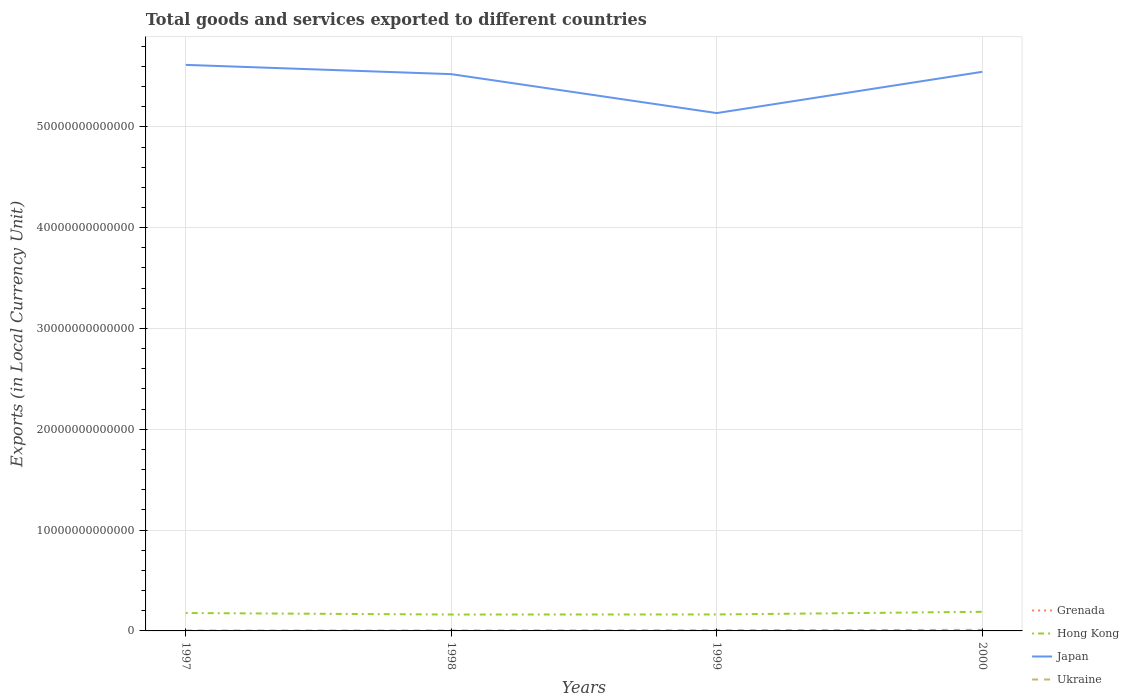
| Years | Grenada | Hong Kong | Japan | Ukraine |
 | --- | --- | --- | --- | --- |
 | 1997 | 3.62e+08 | 1.78e+12 | 5.61e+13 | 3.79e+10 |
 | 1998 | 4.25e+08 | 1.63e+12 | 5.52e+13 | 4.3e+10 |
 | 1999 | 5.89e+08 | 1.63e+12 | 5.14e+13 | 7.01e+10 |
 | 2000 | 6.36e+08 | 1.9e+12 | 5.55e+13 | 1.06e+11 |